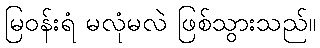
မြဝန်းရံ မလုံမလဲ ဖြစ်သွားသည်။